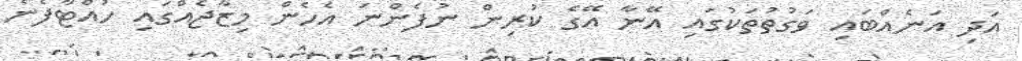
އަދި އަނެއްބައި ވަގުތުތަކުގައި އޭނާ އޭގެ ކުރިން ނުފެންނަ އެހެން މިޒާޖެއްގައި ހުއްޓާފެނެ